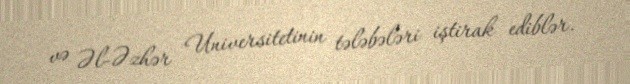
və Əl-Əzhər Universitetinin tələbələri iştirak ediblər.